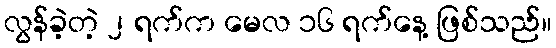
လွန်ခဲ့တဲ့ ၂ ရက်က မေလ ၁၆ ရက်နေ့ ဖြစ်သည်။